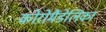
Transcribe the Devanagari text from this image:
कोरोमैंडेलिका